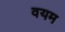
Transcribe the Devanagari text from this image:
वयम